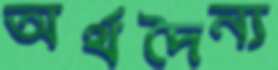
অর্থদৈন্য